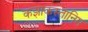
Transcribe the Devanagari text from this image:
कझाकस्तानिम